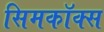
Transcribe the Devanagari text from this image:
सिमकॉक्स